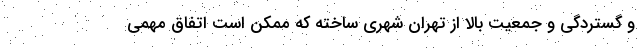
و گستردگی و جمعیت بالا از تهران شهری ساخته که ممکن است اتفاق مهمی